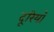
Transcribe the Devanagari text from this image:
दूरियॉ